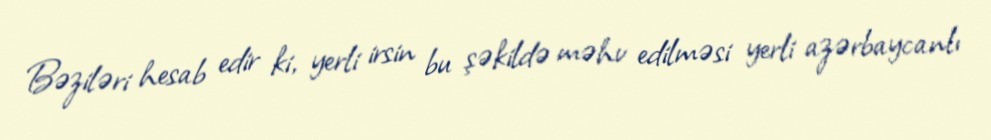
Bəziləri hesab edir ki, yerli irsin bu şəkildə məhv edilməsi yerli azərbaycanlı